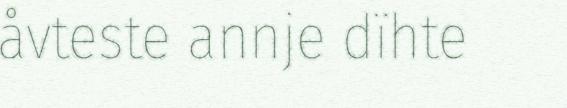
åvteste annje dïhte